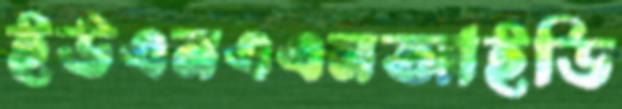
ইউএনএএমআইডি